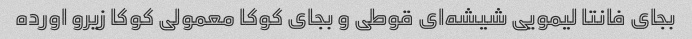
بجای فانتا لیمویی شیشه‌ای قوطی و بجای کوکا معمولی کوکا زیرو اورده